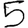
Digit: 5